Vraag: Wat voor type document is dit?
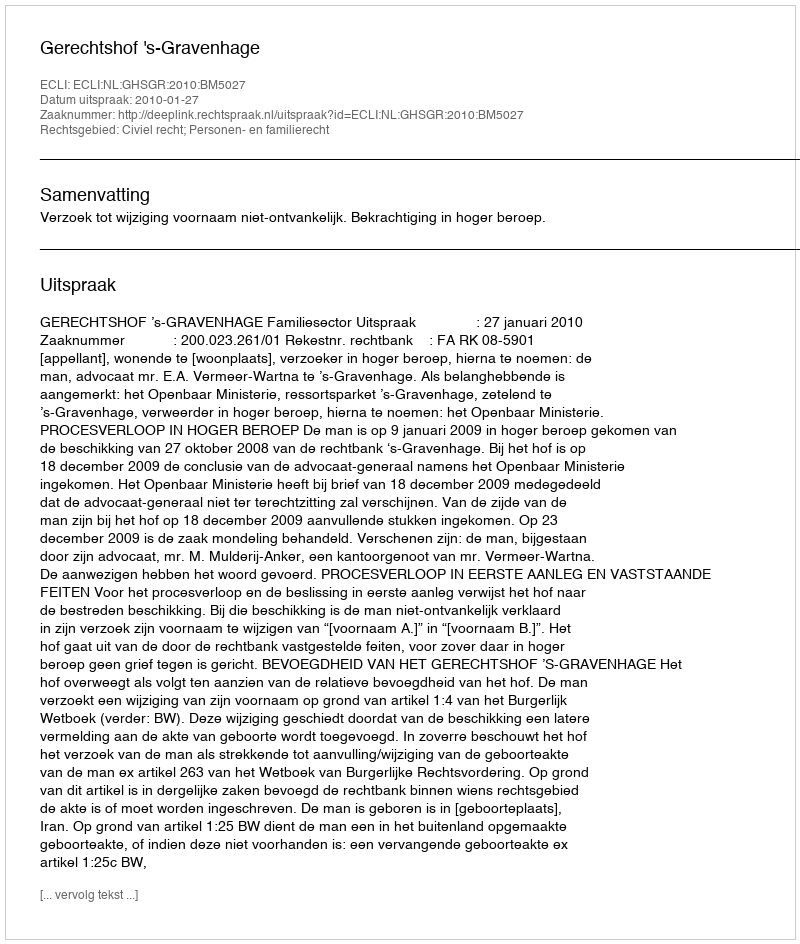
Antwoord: Uitspraak